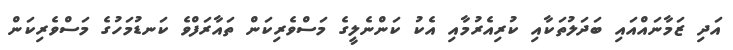
އަދި ޒަމާނައްއައި ބަދަލުތަކާއި ކުރިއެރުމާއި އެކު ކަންނެލީގެ މަސްވެރިކަން ތައާރަފްވެ ކަނޑުމަހުގެ މަސްވެރިކަން